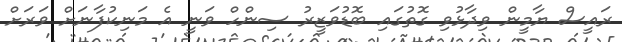
ރައީސް ޔާމީން ވިދާޅުވި ގޮތުގައި ބޮޑުވަޒީރު ސިންހް ވަނީ އެ މަނިކުފާނަށް ވަރަށް